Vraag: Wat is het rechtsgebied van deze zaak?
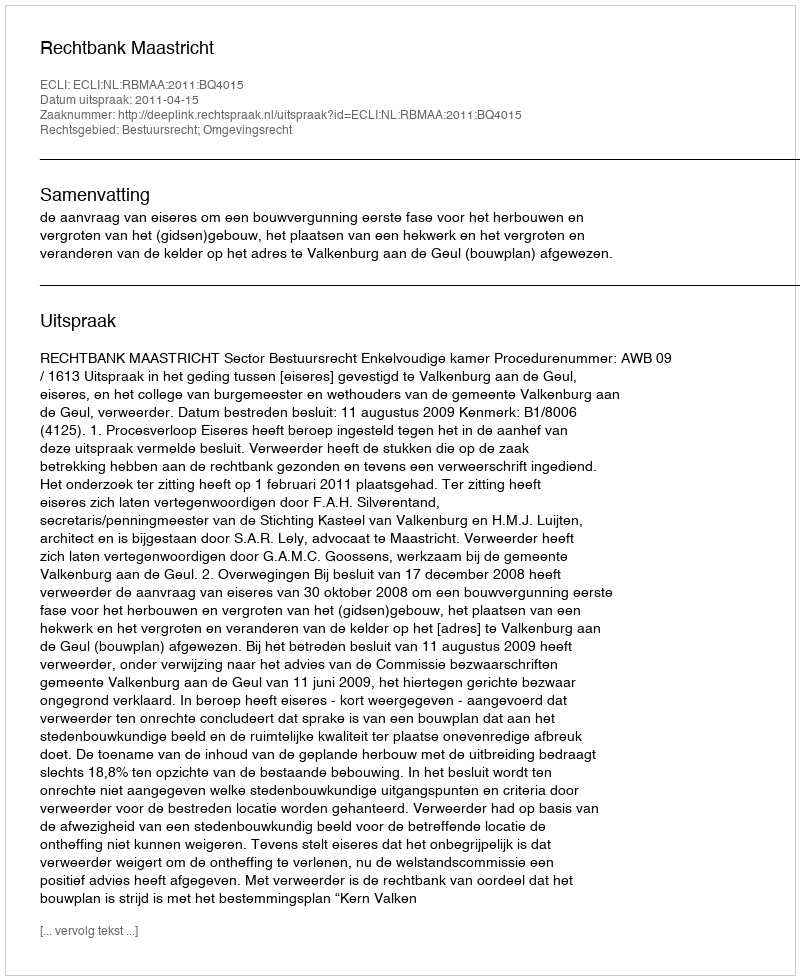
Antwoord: Bestuursrecht; Omgevingsrecht